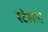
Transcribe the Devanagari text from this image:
स्टेलाए